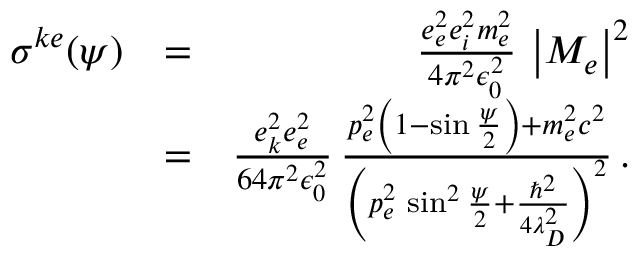
\begin{array} { r l r } { \sigma ^ { k e } ( \psi ) } & { = } & { \frac { e _ { e } ^ { 2 } e _ { i } ^ { 2 } m _ { e } ^ { 2 } } { 4 \pi ^ { 2 } \epsilon _ { 0 } ^ { 2 } } \, \left| M _ { e } \right| ^ { 2 } } \\ & { = } & { \frac { e _ { k } ^ { 2 } e _ { e } ^ { 2 } } { 6 4 \pi ^ { 2 } \epsilon _ { 0 } ^ { 2 } } \, \frac { p _ { e } ^ { 2 } \left( 1 - \sin \frac { \psi } { 2 } \right) + m _ { e } ^ { 2 } c ^ { 2 } } { \left( p _ { e } ^ { 2 } \, \sin ^ { 2 } \frac { \psi } { 2 } + \frac { \hbar ^ { 2 } } { 4 \lambda _ { D } ^ { 2 } } \right) ^ { 2 } } \, . } \end{array}